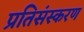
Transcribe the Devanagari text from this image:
प्रतिसंस्करण